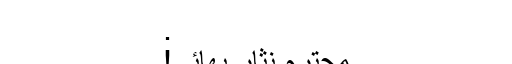
.
محترم نثار بھائی!